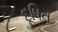
દૂષિત